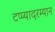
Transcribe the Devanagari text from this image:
टप्प्यादरम्यान